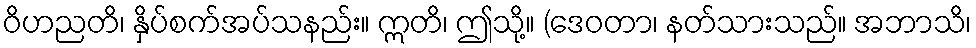
ဝိဟညတိ၊ နှိပ်စက်အပ်သနည်း။ ဣတိ၊ ဤသို့။ (ဒေဝတာ၊ နတ်သားသည်။ အဘာသိ၊